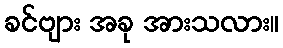
ခင်ဗျား အခု အားသလား။